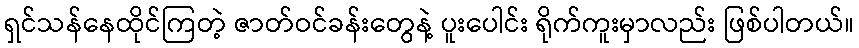
ရှင်သန်နေထိုင်ကြတဲ့ ဇာတ်ဝင်ခန်းတွေနဲ့ ပူးပေါင်း ရိုက်ကူးမှာလည်း ဖြစ်ပါတယ်။